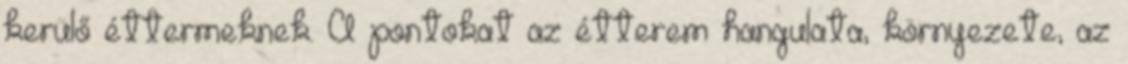
kerülő éttermeknek. A pontokat az étterem hangulata, környezete, az